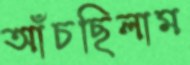
আঁচছিলাম